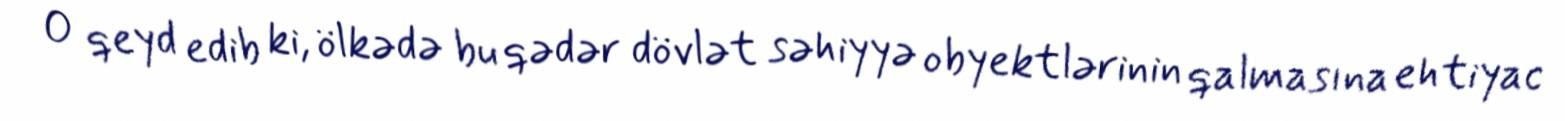
O qeyd edib ki, ölkədə bu qədər dövlət səhiyyə obyektlərinin qalmasına ehtiyac